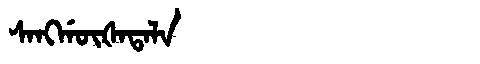
Manchu: ᠰᠠᠩᡤᡡᡧᠠᡨᠠᠯᠠ
Romanization: SANGGŪŠATALA